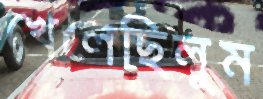
খেলেছিলুম